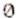
0